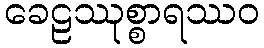
ခေဠဿုစ္စာရဿဝ